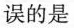
误的是